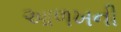
આળખની